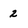
Character: 2